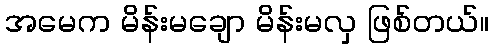
အမေက မိန်းမချော မိန်းမလှ ဖြစ်တယ်။